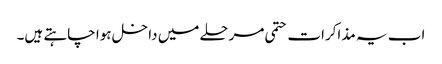
اب یہ مذاکرات حتمی مرحلے میں داخل ہوا چاہتے ہیں۔